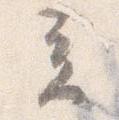
立